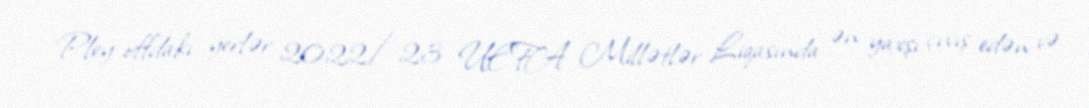
Pley-offdakı yerlər 2022/23 UEFA Millətlər Liqasında ən yaxşı çıxış edən və